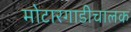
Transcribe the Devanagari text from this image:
मोटारगाडीचालक